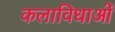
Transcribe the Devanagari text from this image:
कलाविधाओं